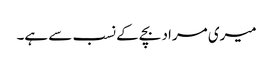
میری مراد بچے کے نسب سے ہے۔